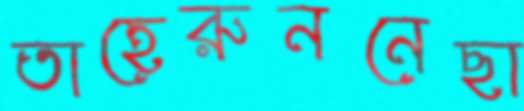
তাহেরুননেছা